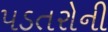
પડતરોની